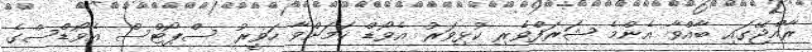
ރާއްޖޭގައި ބާއްވާ އެންމެ ޝަރަފްވެރި ކުޅިވަރު އެވޯޑް ކަމަށްވާ ހަވީރު ސްޕޯޓްސް އެވޯޑްސްގެ